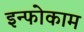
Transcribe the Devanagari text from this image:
इन्फोकाम